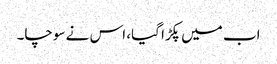
اب میں پکڑا گیا، اس نے سوچا۔